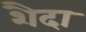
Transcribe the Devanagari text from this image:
शैदा